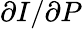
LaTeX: \partial I/\partial P